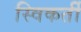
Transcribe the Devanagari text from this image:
स्विकर्ती